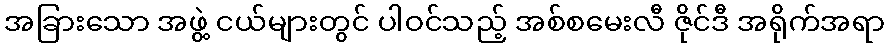
အခြားသော အဖွဲ့ ငယ်များတွင် ပါဝင်သည့် အစ်စမေးလီ ဇိုင်ဒီ အရိုက်အရာ